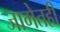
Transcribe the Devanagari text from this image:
जागेतही